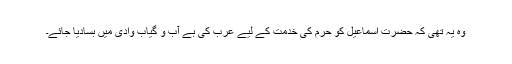
وہ یہ تھی کہ حضرت اسماعیل کو حرم کی خدمت کے لیے عرب کی بے آب و گیاب وادی میں بسادیا جائے۔